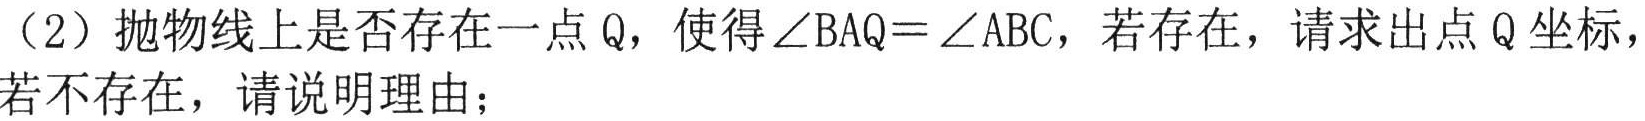
（2）抛物线上是否存在一点\(Q\)，使得\(\angle BAQ = \angle ABC\)，若存在，请求出点\(Q\)坐标，若不存在，请说明理由；